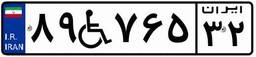
۸۹W۷۶۵۳۲